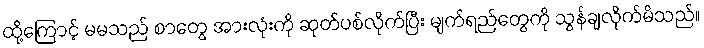
ထို့ကြောင့် မမသည် စာတွေ အားလုံးကို ဆုတ်ပစ်လိုက်ပြီး မျက်ရည်တွေကို သွန်ချလိုက်မိသည်။